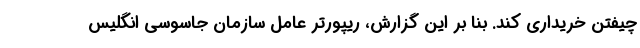
چیفتن خریداری کند. بنا بر این گزارش، ریپورتر عامل سازمان جاسوسی انگلیس